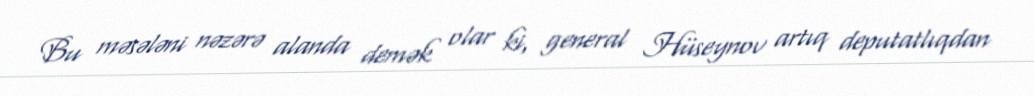
Bu məsələni nəzərə alanda demək olar ki, general Hüseynov artıq deputatlıqdan